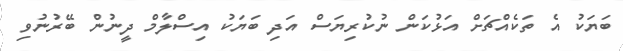
ބަޔަކު އެ ތަކެއްޗަށް އަޅުކަން ނުކުރިޔަސް އަދި ބަޔަކު އިސްލާމް ދީނުން ބޭރުނުވި